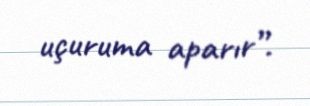
uçuruma aparır”.